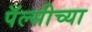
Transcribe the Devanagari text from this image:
पॅल्सीच्या